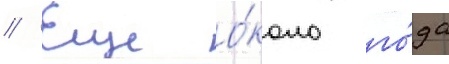
// Еще о́коло го́да